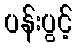
ပန်းပွင့်